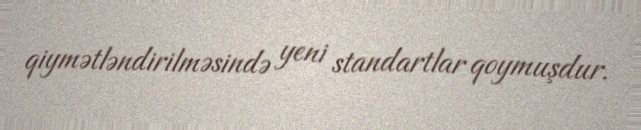
qiymətləndirilməsində yeni standartlar qoymuşdur.